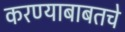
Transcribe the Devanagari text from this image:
करण्याबाबतचे